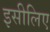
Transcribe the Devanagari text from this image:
इसीलिए